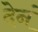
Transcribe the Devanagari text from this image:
देनं